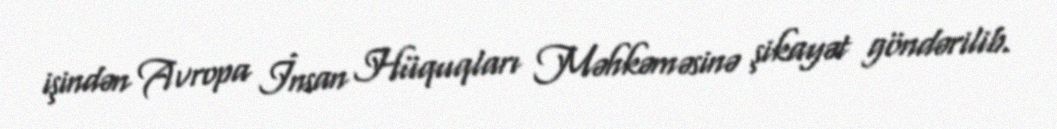
işindən Avropa İnsan Hüquqları Məhkəməsinə şikayət göndərilib.